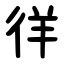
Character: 徉